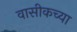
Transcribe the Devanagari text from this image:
वासीकच्या